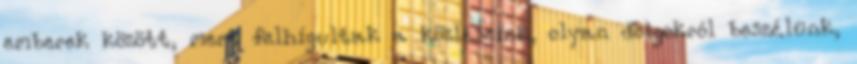
emberek között, mert felhígultak a közléseink, olyan dolgokról beszélünk,